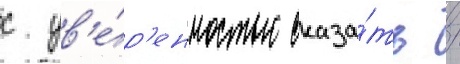
с ув'е́р'енностью сказа́ть /